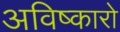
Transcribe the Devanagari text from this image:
अविष्कारो